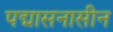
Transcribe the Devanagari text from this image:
पद्मासनासीन